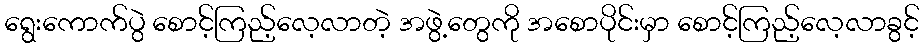
ရွေးကောက်ပွဲ စောင့်ကြည့်လေ့လာတဲ့ အဖွဲ့တွေကို အစောပိုင်းမှာ စောင့်ကြည့်လေ့လာခွင့်